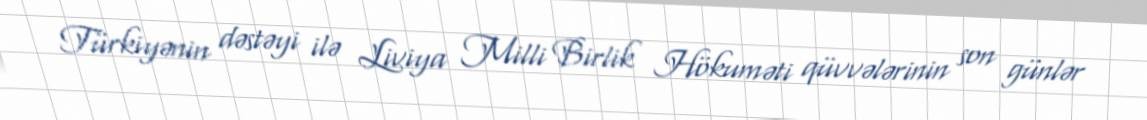
Türkiyənin dəstəyi ilə Liviya Milli Birlik Hökuməti qüvvələrinin son günlər